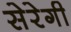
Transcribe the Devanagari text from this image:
सेरेगी